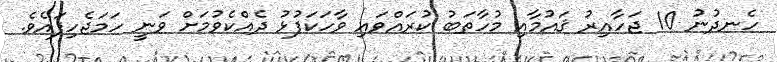
ހެނދުނު 10 ޖަހާއިރު ޤައުމާއި މުހާތަބު ކުރައްވައި ވާހަކަފުޅު ދެއްކެވުމަށް ވަނީ ހަމަޖެހިފައެވެ.